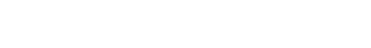
အတ္တနာ၊ မိမိသည်။ ကုရုတေ၊ ပြု၏။ ဟိ သစ္စံ၊ မှန်၏။ အညော၊